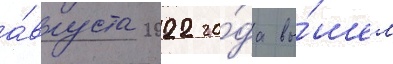
а́вгуста 2022 го́да вы́шел